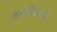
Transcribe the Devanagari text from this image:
शल्यक्रियासे